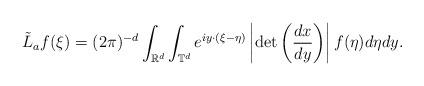
LaTeX: \begin{align*}\tilde L_a f(\xi)= (2\pi)^{-d}\int_{\mathbb{R}^d} \int_{\mathbb{T}^d} e^{iy \cdot (\xi-\eta)} \left|\det\left(\frac{dx}{dy}\right)\right| f(\eta) d\eta dy .\end{align*}